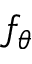
f _ { \theta }